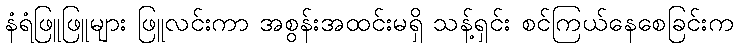
နံရံဖြူဖြူများ ဖြူလင်းကာ အစွန်းအထင်းမရှိ သန့်ရှင်း စင်ကြယ်နေစေခြင်းက